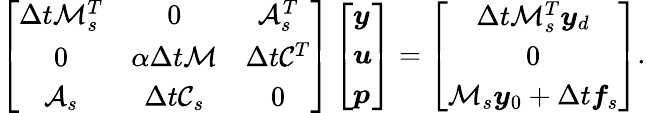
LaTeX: \left[\begin{array}{ccc}{\Delta t\mathcal{M}_{s}^{T}}&{0}&{\mathcal{A}_{s}^{T}}\\ {0}&{\alpha\Delta t\mathcal{M}}&{\Delta t\mathcal{C}^{T}}\\ {\mathcal{A}_{s}}&{\Delta t\mathcal{C}_{s}}&{0}\end{array}\right]\left[\begin{array}{l}{\boldsymbol{y}}\\ {\boldsymbol{u}}\\ {\boldsymbol{p}}\end{array}\right]=\left[\begin{array}{c}{\Delta t\mathcal{M}_{s}^{T}\boldsymbol{y}_{d}}\\ {0}\\ {\mathcal{M}_{s}\boldsymbol{y}_{0}+\Delta t\boldsymbol{f}_{s}}\end{array}\right].